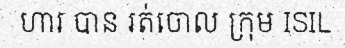
ហារ បាន រត់ចោល ក្រុម ISIL